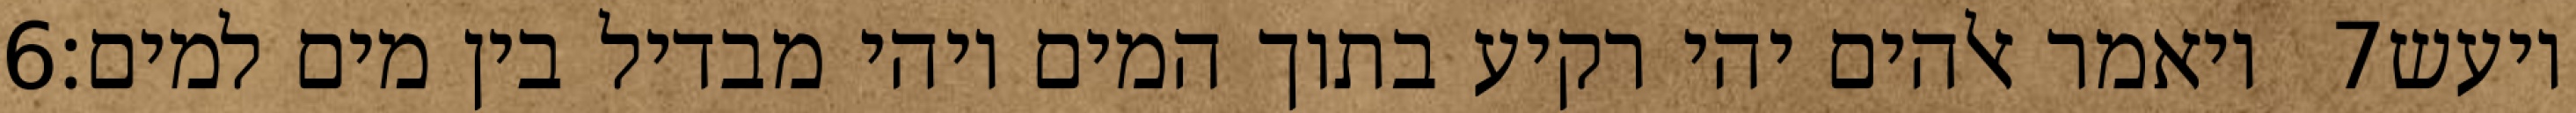
‎6‏ ויאמר אלהים יהי רקיע בתוך המים ויהי מבדיל בין מים למים׃ ‎7‏ ויעש